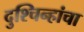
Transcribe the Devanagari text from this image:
दुश्चिन्हांचा